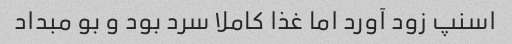
اسنپ زود آورد اما غذا کاملا سرد بود و بو مبداد